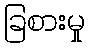
ခြစားမှု